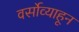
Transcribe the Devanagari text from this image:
वर्सोव्याहून